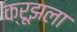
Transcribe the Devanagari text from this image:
क्रूझला